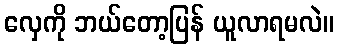
လှေကို ဘယ်တော့ပြန် ယူလာရမလဲ။